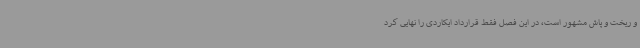
و ریخت و پاش مشهور است، در این فصل فقط قرارداد ایکاردی را نهایی کرد